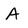
Character: A